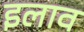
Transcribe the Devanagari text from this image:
इलाव